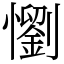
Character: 懰